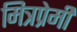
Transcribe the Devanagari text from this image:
मित्रप्रेमी